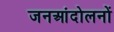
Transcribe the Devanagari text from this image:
जनआंदोलनों